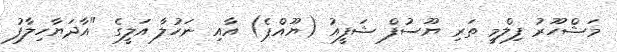
މަޝްހޫރު ފިލްމީ ތަރި ޔޫސުފް ޝަފީއު (ޔޫއްޕެ) އާއި ނަހުލާ އަލީގެ "އާދަޔާހިލާފު